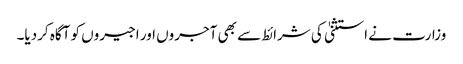
وزارت نے استثنیٰ کی شرائط سے بھی آجروں اور اجیروں کو آگاہ کردیا۔